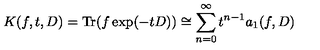
K ( f , t , D ) = \mathrm { T r } ( f \exp ( - t D ) ) \cong \sum _ { n = 0 } ^ { \infty } t ^ { n - 1 } a _ { 1 } ( f , D )